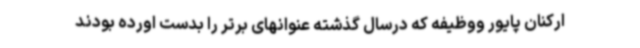
ارکنان پایور ووظیفه که درسال گذشته عنوانهای برتر را بدست اورده بودند